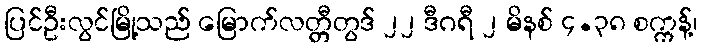
ပြင်ဦးလွင်မြို့သည် မြောက်လတ္တီတွဒ် ၂၂ ဒီဂရီ ၂ မိနစ် ၄.၃၈ စက္ကန့်၊